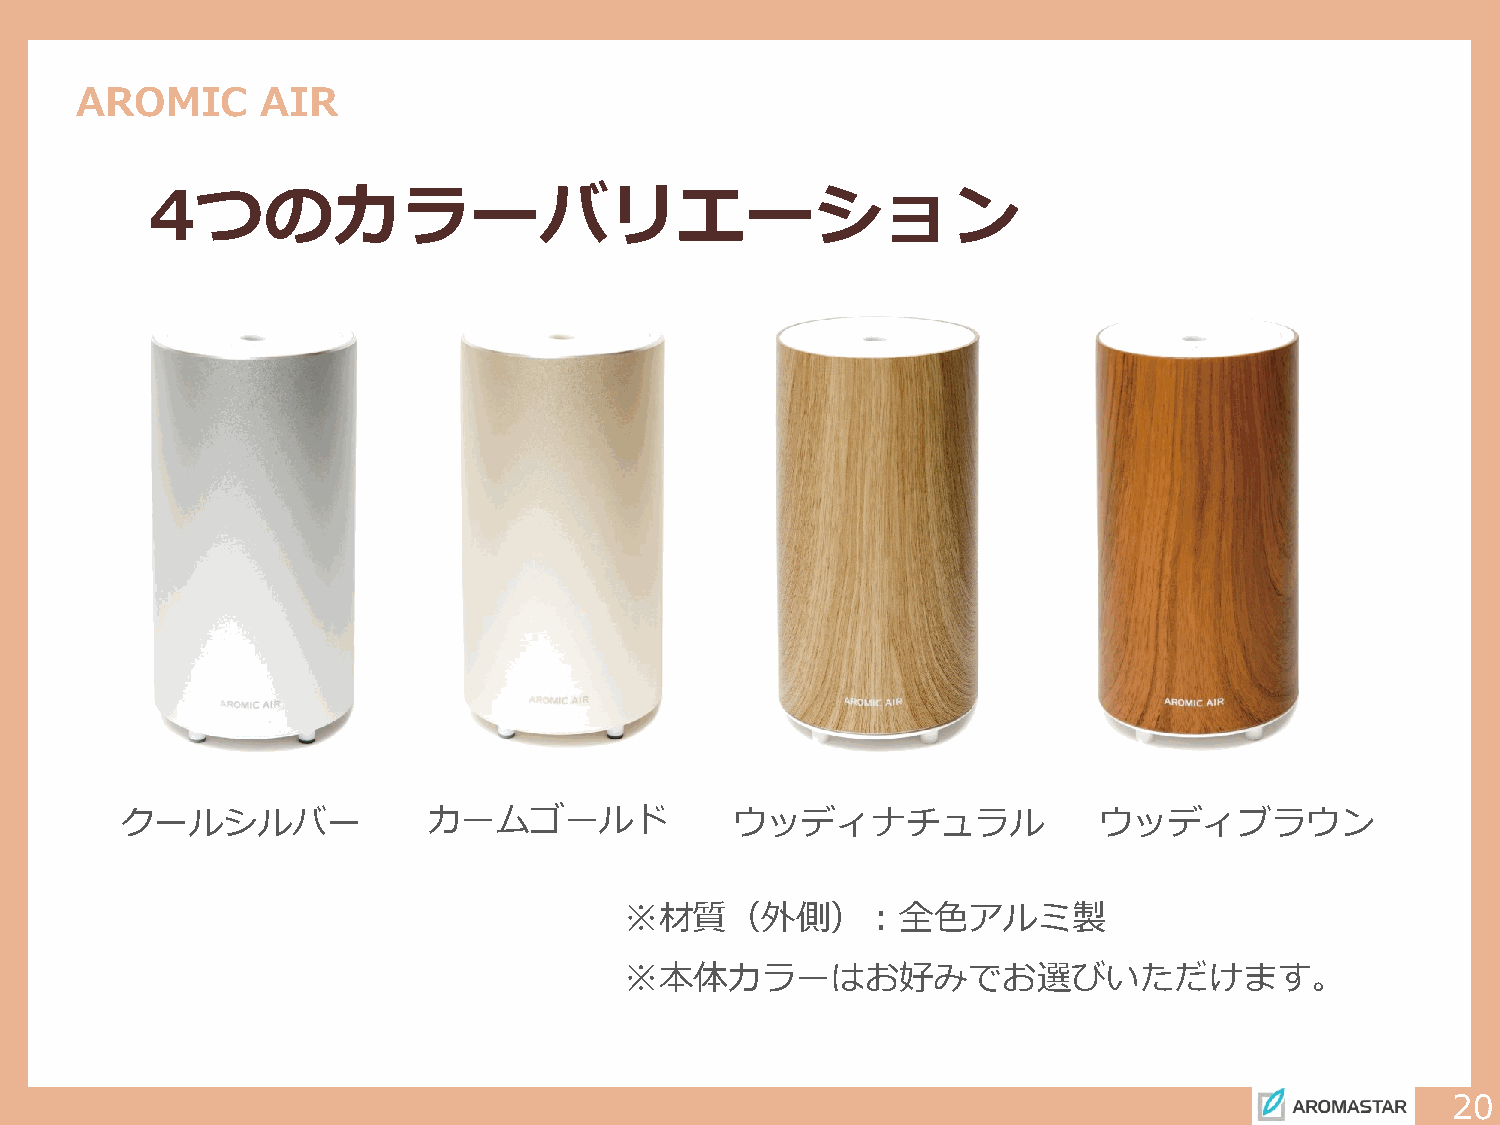
AROMIC      AIR
 4つのカラーバリエーション
 クールシルバー             カームゴールド              ウッディナチュラル               ウッディブラウン
 ※材質（外側）：全色アルミ製
 ※本体カラーはお好みでお選びいただけます。
 20